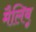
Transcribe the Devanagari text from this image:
मैलिबू